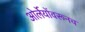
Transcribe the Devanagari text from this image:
ओर्लेयोंवरूनच